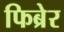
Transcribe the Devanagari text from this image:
फिब्रेर